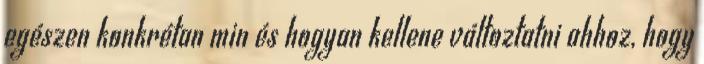
egészen konkrétan min és hogyan kellene változtatni ahhoz, hogy